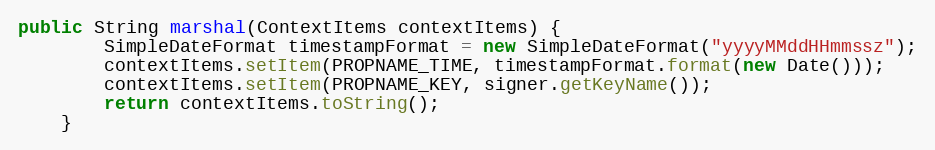
Language: Java
public String marshal(ContextItems contextItems) {
        SimpleDateFormat timestampFormat = new SimpleDateFormat("yyyyMMddHHmmssz");
        contextItems.setItem(PROPNAME_TIME, timestampFormat.format(new Date()));
        contextItems.setItem(PROPNAME_KEY, signer.getKeyName());
        return contextItems.toString();
    }